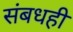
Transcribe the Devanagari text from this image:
संबधही